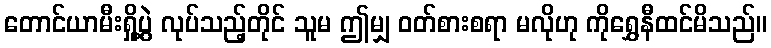
တောင်ယာမီးရှို့ပွဲ လုပ်သည့်တိုင် သူမ ဤမျှ ဝတ်စားစရာ မလိုဟု ကိုရွှေနီထင်မိသည်။